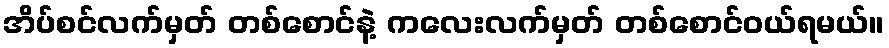
အိပ်စင်လက်မှတ် တစ်စောင်နဲ့ ကလေးလက်မှတ် တစ်စောင်ဝယ်ရမယ်။